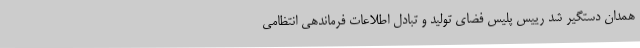
همدان دستگیر شد رییس پلیس فضای تولید و تبادل اطلاعات فرماندهی انتظامی